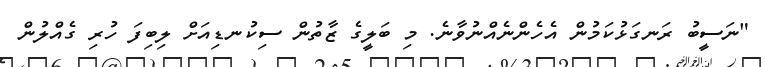
"ނަސީބު ރަނގަޅުކަމުން އެހެންނެއްނުވާނެ. މި ބަލީގެ ޒާތުން ސިކުނޑިއަށް ލިބިފަ ހުރި ގެއްލުން